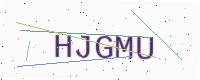
Text: HJGMU